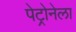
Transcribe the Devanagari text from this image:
पेट्रोनेला